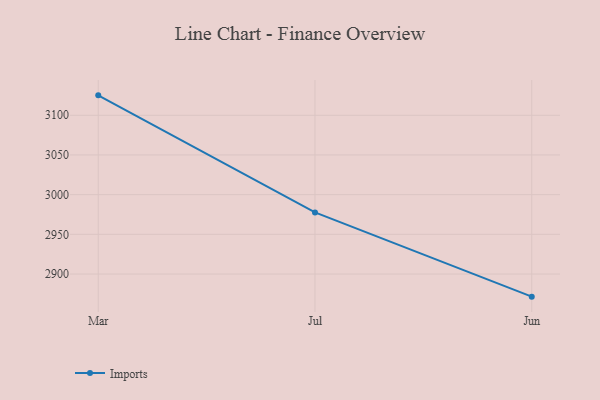
{"axis": {"x": "Month", "y": "Customer Acquisition Cost (USD)"}, "legend": ["Imports"], "data": [{"x": "Mar", "y": 3125.1, "type": "Imports"}, {"x": "Jul", "y": 2977.6, "type": "Imports"}, {"x": "Jun", "y": 2871.5, "type": "Imports"}]}